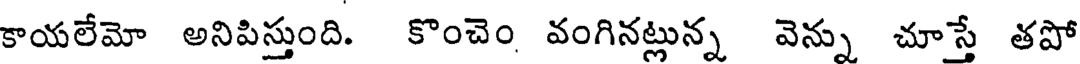
కాయలేమో అనిపిస్తుంది. కొంచెం వంగినట్లున్న వెన్ను చూస్తే తపో